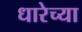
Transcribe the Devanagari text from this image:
धारेच्या